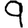
Digit: 9